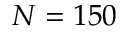
N = 1 5 0